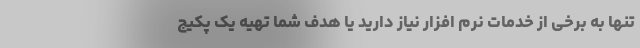
تنها به برخی از خدمات نرم افزار نیاز دارید یا هدف شما تهیه یک پکیج